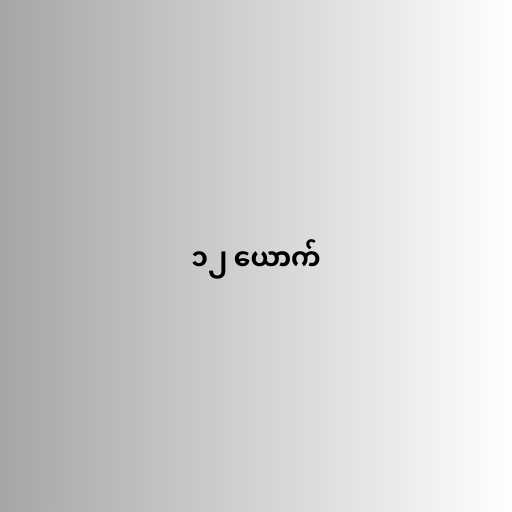
၁၂ ယောက်